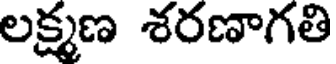
లక్ష్మణ శరణాగతి